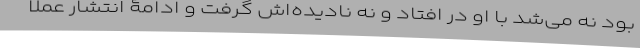
بود نه می‌شد با او در افتاد و نه نادیده‌اش گرفت و ادامۀ انتشار عملا